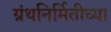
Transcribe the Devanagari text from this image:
ग्रंथनिर्मितीच्या